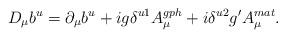
LaTeX: \begin{align*}D_\mu b^u=\partial_\mu b^u + ig\delta^{u1}A^{gph}_\mu +i\delta^{u2}g'A^{mat}_\mu .\end{align*}